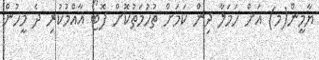
ޔާމީން(މ) އަށް ހަމަލާ ދިން ކަމަށް ތުހުމަތުކޮށް ފޮޓޯ އާއްމުކުރި ދެ މީހުން